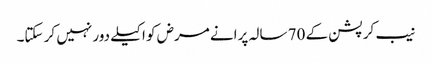
نیب کرپشن کے 70 سالہ پرانے مرض کو اکیلے دور نہیں کر سکتا۔